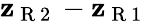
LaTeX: \mathbf{z}_{\mathrm{{~R~2~}}}-\mathbf{z}_{\mathrm{{~R~1~}}}